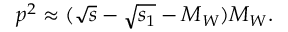
p ^ { 2 } \approx ( \sqrt { s } - \sqrt { s _ { 1 } } - M _ { W } ) M _ { W } .